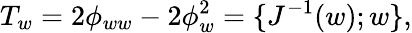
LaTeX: T_{w}=2\phi_{ww}-2\phi_{w}^{2}=\{ J^{-1}(w);w\} ,